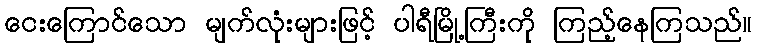
ငေးကြောင်သော မျက်လုံးများဖြင့် ပါရီမြို့ကြီးကို ကြည့်နေကြသည်။